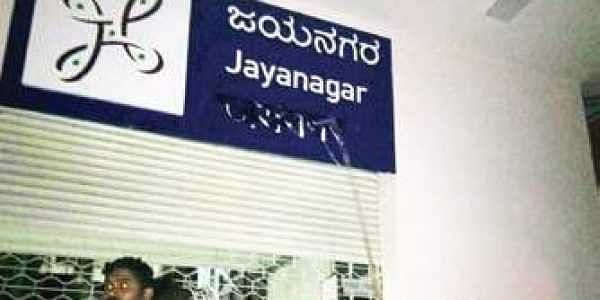
Language: kannada
Transcription: ಜಯನಗರ